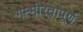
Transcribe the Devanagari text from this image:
गम्भीरतापूर्ण